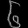
Digit: ၆